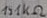
Text: 131KΩ